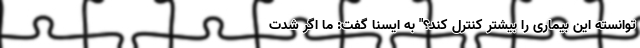
توانسته این بیماری را بیشتر کنترل کند؟" به ایسنا گفت: ما اگر شدت